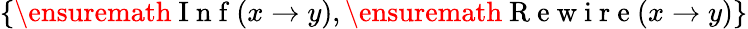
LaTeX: \{ \ensuremath{\mathrm{~I~n~f~}}(x\to y),\ensuremath{\mathrm{~R~e~w~i~r~e~}}(x\to y)\}